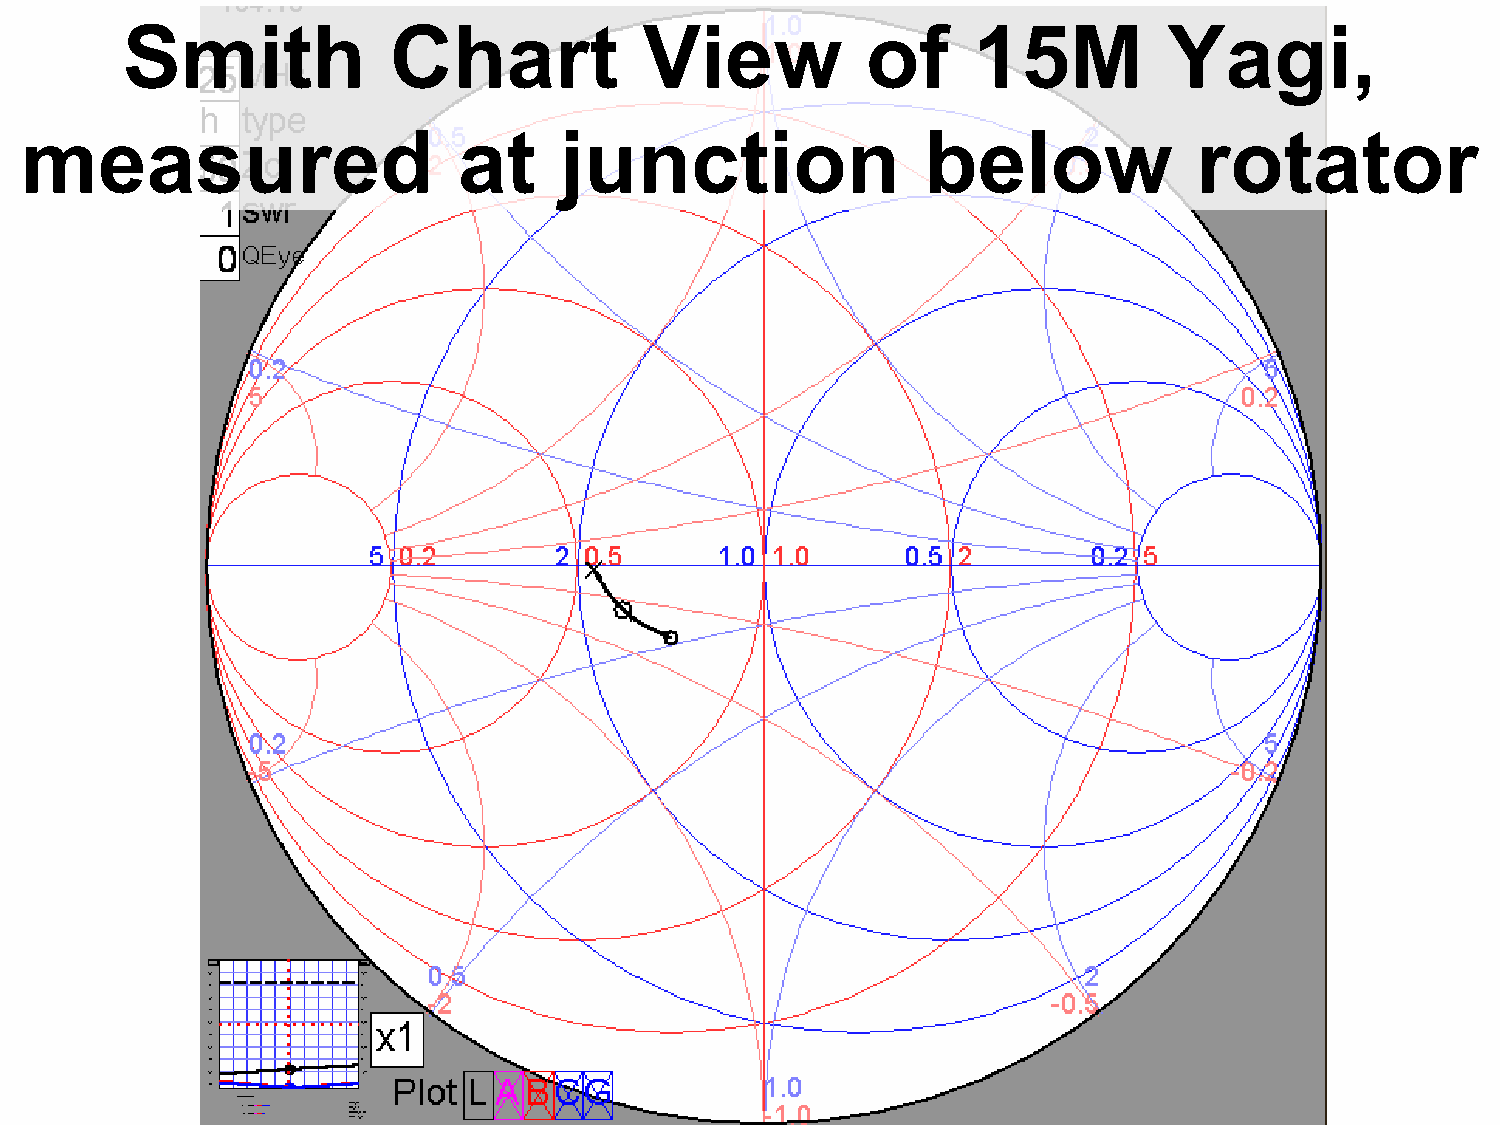
Smith             Chart            View          of     15M          Yagi,
 measured                     at     junction                below             rotator